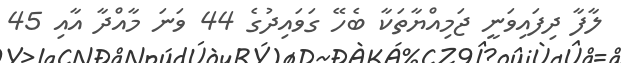
ލާފާ ދިފައިވަނީ ޖަމިއްޔާތަކާ ބެހޭ ގަވައިދުގެ 44 ވަނަ މާއްދާ އާއި 45